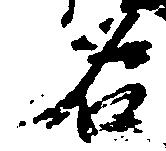
名